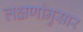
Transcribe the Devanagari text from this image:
लक्षणांनुसार